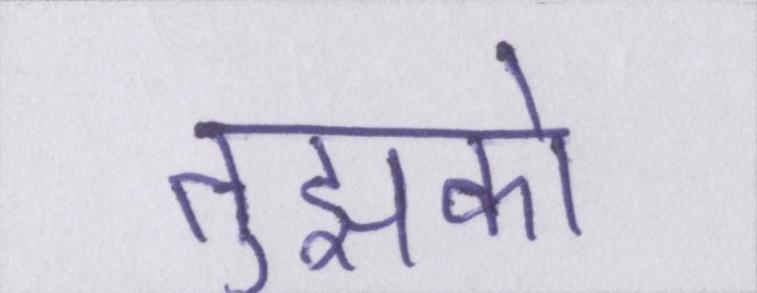
तुझको